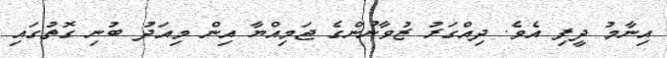
އިނާމު ދީފި އެވެ. ދިއްގަރު ޒުވާނުންގެ ޖަމިއްޔާ އިން މިއަދު ބުނި ގޮތުގައި